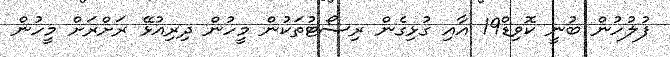
ފުލުހުން ބުނީ ކޮވިޑް19 އާއި ގުޅިގެން ރިސޯޓުތަކުން މީހުން ދިރިއުޅޭ ރަށްރަށް މީހުން